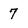
Character: 7